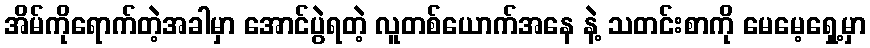
အိမ်ကိုရောက်တဲ့အခါမှာ အောင်ပွဲရတဲ့ လူတစ်ယောက်အနေ နဲ့ သတင်းစာကို မေမေ့ရှေ့မှာ